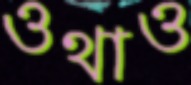
ওথাও